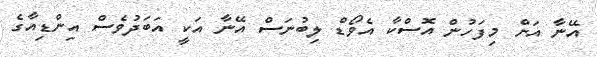
އޭނާ އަށް މިފަހުން އޮސްކާ އެވޯޑް ލިބުނަސް އޭނާ އަކީ އަބަދުވެސް އިންޑިއާގެ